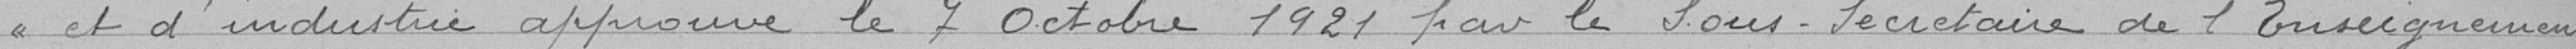
« et d'industrie approuvé le 7 Octobre 1921 par le Sous-Secrétaire de l'Enseignement